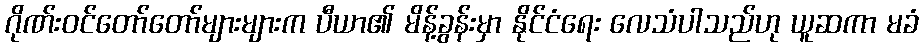
ဂိုဏ်းဝင်တော်တော်များများက ပီယာ၏ မိန့်ခွန်းမှာ နိုင်ငံရေး လေသံပါသည်ဟု ယူဆကာ မခံ